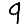
Digit: 9